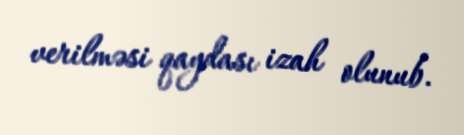
verilməsi qaydası izah olunub.